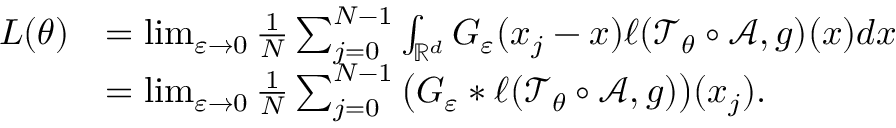
\begin{array} { r l } { L ( \theta ) } & { = \operatorname* { l i m } _ { \varepsilon \rightarrow 0 } \frac { 1 } { N } \sum _ { j = 0 } ^ { N - 1 } \int _ { \mathbb { R } ^ { d } } G _ { \varepsilon } ( x _ { j } - x ) \ell ( \mathcal { T } _ { \theta } \circ \mathcal A , g ) ( x ) d x } \\ & { = \operatorname* { l i m } _ { \varepsilon \rightarrow 0 } \frac { 1 } { N } \sum _ { j = 0 } ^ { N - 1 } \big ( G _ { \varepsilon } \ast \ell ( \mathcal { T } _ { \theta } \circ \mathcal A , g ) \big ) ( x _ { j } ) . } \end{array}